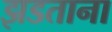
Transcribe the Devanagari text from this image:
झडताना